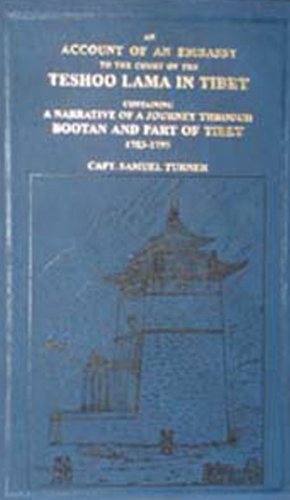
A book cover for An Account of an Embassy to the Court of the Teshoo Lama in Tibet; Samuel Turner; Travel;